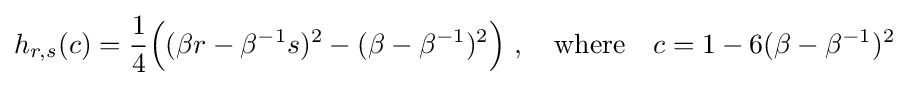
h_{r,s}(c)={\frac {1}{4}}{\Big (}(\beta r-\beta ^{-1}s)^{2}-(\beta -\beta ^{-1})^{2}{\Big )}\ ,\quad {\text{where}}\quad c=1-6(\beta -\beta ^{-1})^{2}\